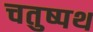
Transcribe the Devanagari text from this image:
चतुष्पथ